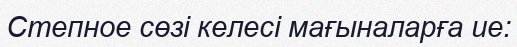
Степное сөзі келесі мағыналарға ие: